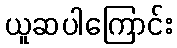
ယူဆပါကြောင်း